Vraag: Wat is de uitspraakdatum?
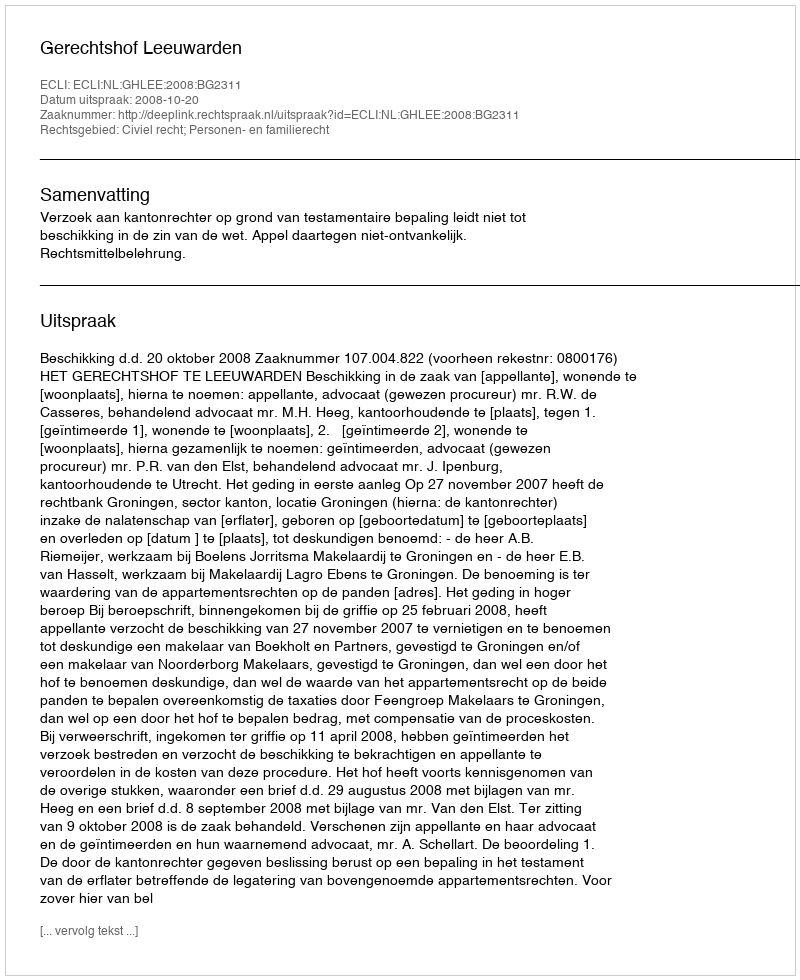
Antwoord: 2008-10-20